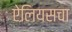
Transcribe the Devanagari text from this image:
ऐलियसचा